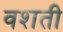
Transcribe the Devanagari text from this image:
वशती